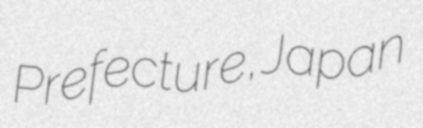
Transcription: Prefecture, Japan